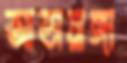
আভায়াঙ্গা